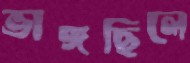
ভাঙ্গছিলে